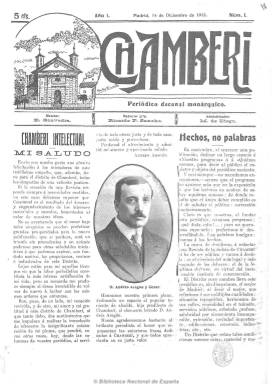
Título: Chamberí (Madrid. 1913)
Colección: Periódicos
Ámbito geográfico: Madrid
Lugar de publicación: Madrid
Fechas: 14/12/1913-31/03/1914

Subtitulado “periódico decenal monárquico”, es dirigido por Eduardo Saavedra y su redactor jefe será Ricardo P. Sancho. Está dirigido a los vecinos, propietarios e industriales de este distrito madrileño, al considerar que es un deber “la legítima defensa, en virtud del inexcusable instinto de conservación”. Se dedicará a informar sobre la vida municipal y los servicios públicos relacionados con este barrio, con secciones sobre espectáculos y teatro, buzón del lector, guía del vecino, una denominada “Camberí intelectual” y otra de actualidad política. Incluirá asimismo anuncios comerciales. De ocho páginas por número, al final indicará que es “órgano defensor de los intereses de la zona norte, de Madrid”, y será continuado por el semanario Norte de Madrid (1914).